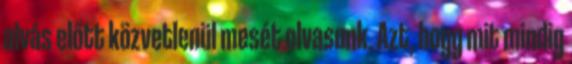
alvás előtt közvetlenül mesét olvasunk. Azt, hogy mit mindig